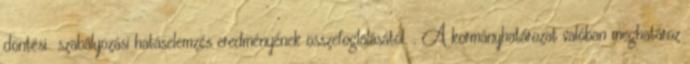
döntési szabályozási hatáselemzés eredményének összefoglalásától. . A kormányhatározat valóban meghatároz